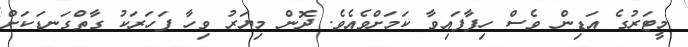
މީޓަރުގެ އަޑިން ވެސް ހިފާފައިވާ ކަމަށްވެއެވެ. ދޮން މިޔަރު ވިހާ ފަހަރަކު ގާތްގަނޑަކަށް